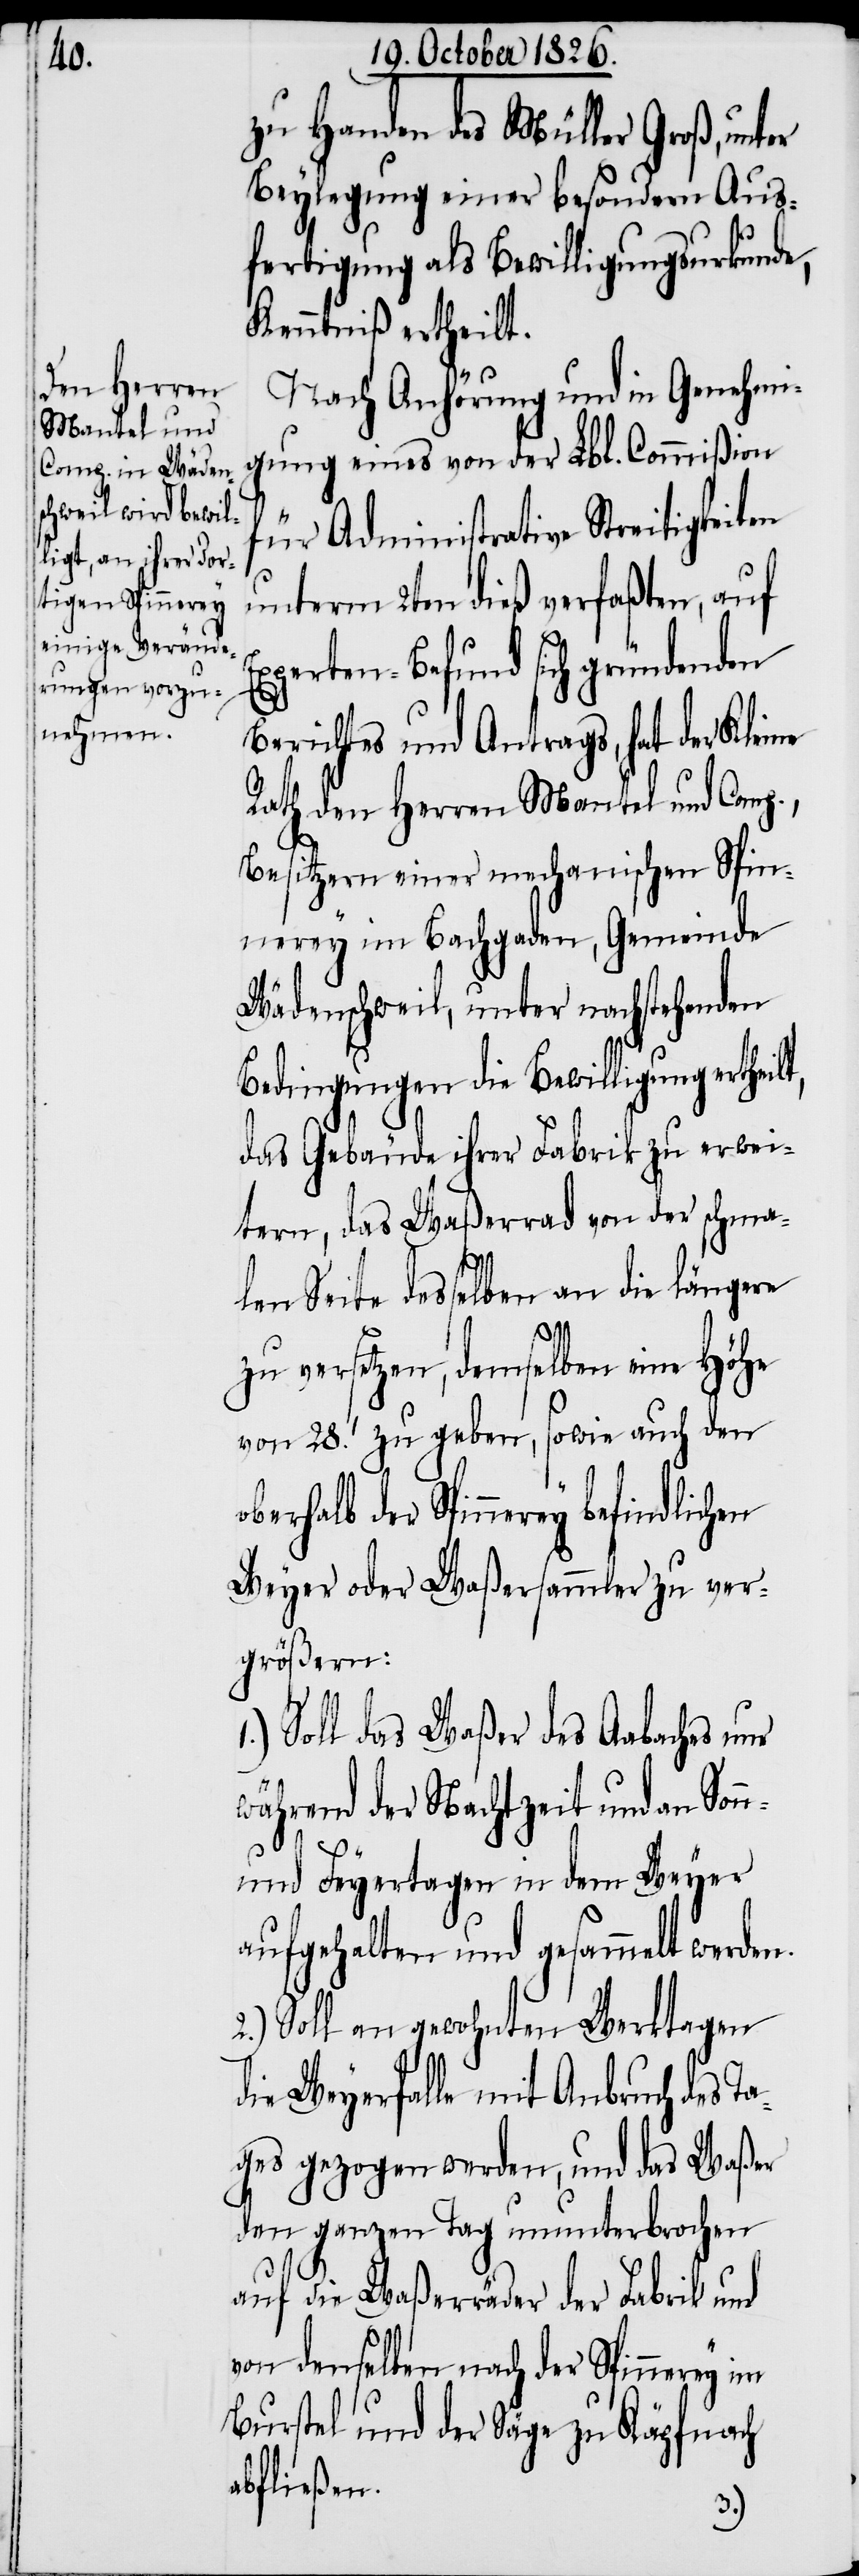
zu Handen des Müller Groß, unter
Beylegung einer besondern Aus¬
fertigung als Bewilligungsurkunde,
Kenntniß ertheilt.
Nach Anhörung und in Genehmi¬
gung eines von der Lbl. Commißion
für Administrative Streitigkeiten
unterm 2ten dieß verfaßten, auf
Experten-Befund sich gründenden
Berichtes und Antrags, hat der Kleine
Rath den Herren Mantel und Comp.,
Besitzern einer mechanischen Spin¬
nerey im Bachgaden, Gemeinde
Wädenschweil, unter nachstehenden
Bedingungen die Bewilligung ertheil¬
das Gebäude ihrer Fabrik zu erwei¬
tern, das Waßerrad von der schma¬
len Seite desselben an die längere
t,
zu versetzen, demselben eine Höhe
von 28.҅ zu geben, sowie auch den
oberhalb der Spinnerey befindlichen
Weyer oder Waßersammler zu ver¬
größern:
Soll das Waßer des Aabaches nur
während der Nachtzeit und an Son¬
n-
und Feyertagen in dem Weyer
aufgehalten und gesammelt werden.
2.) Soll an gewohnten Werktagen
die Weyerfalle mit Anbruch des Ta¬
ges gezogen werden, und das Waßer
den ganzen Tag ununterbrochen
auf die Waßerräder der Fabrik und
von denselben nach der Spinnerey im
Burstel und der Säge zu Käpfnach
abfließen.